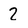
Character: 2